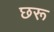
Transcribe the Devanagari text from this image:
छरू